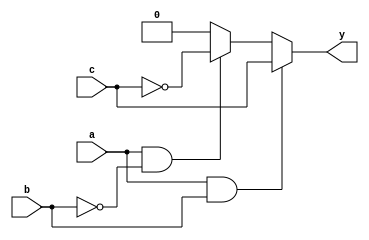
module combinational_logic (
    input wire a,
    input wire b,
    input wire c,
    output reg y
);

always @(*) begin
    // Logic implementation
    if (a && b) begin
        y = c;        // y is assigned c if both a and b are high
    end else if (a && !b) begin
        y = ~c;      // y is assigned the negation of c if a is high and b is low
    end else begin
        y = 0;       // y is assigned 0 for all other cases
    end
end

endmodule